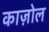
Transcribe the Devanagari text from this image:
काज़ोल